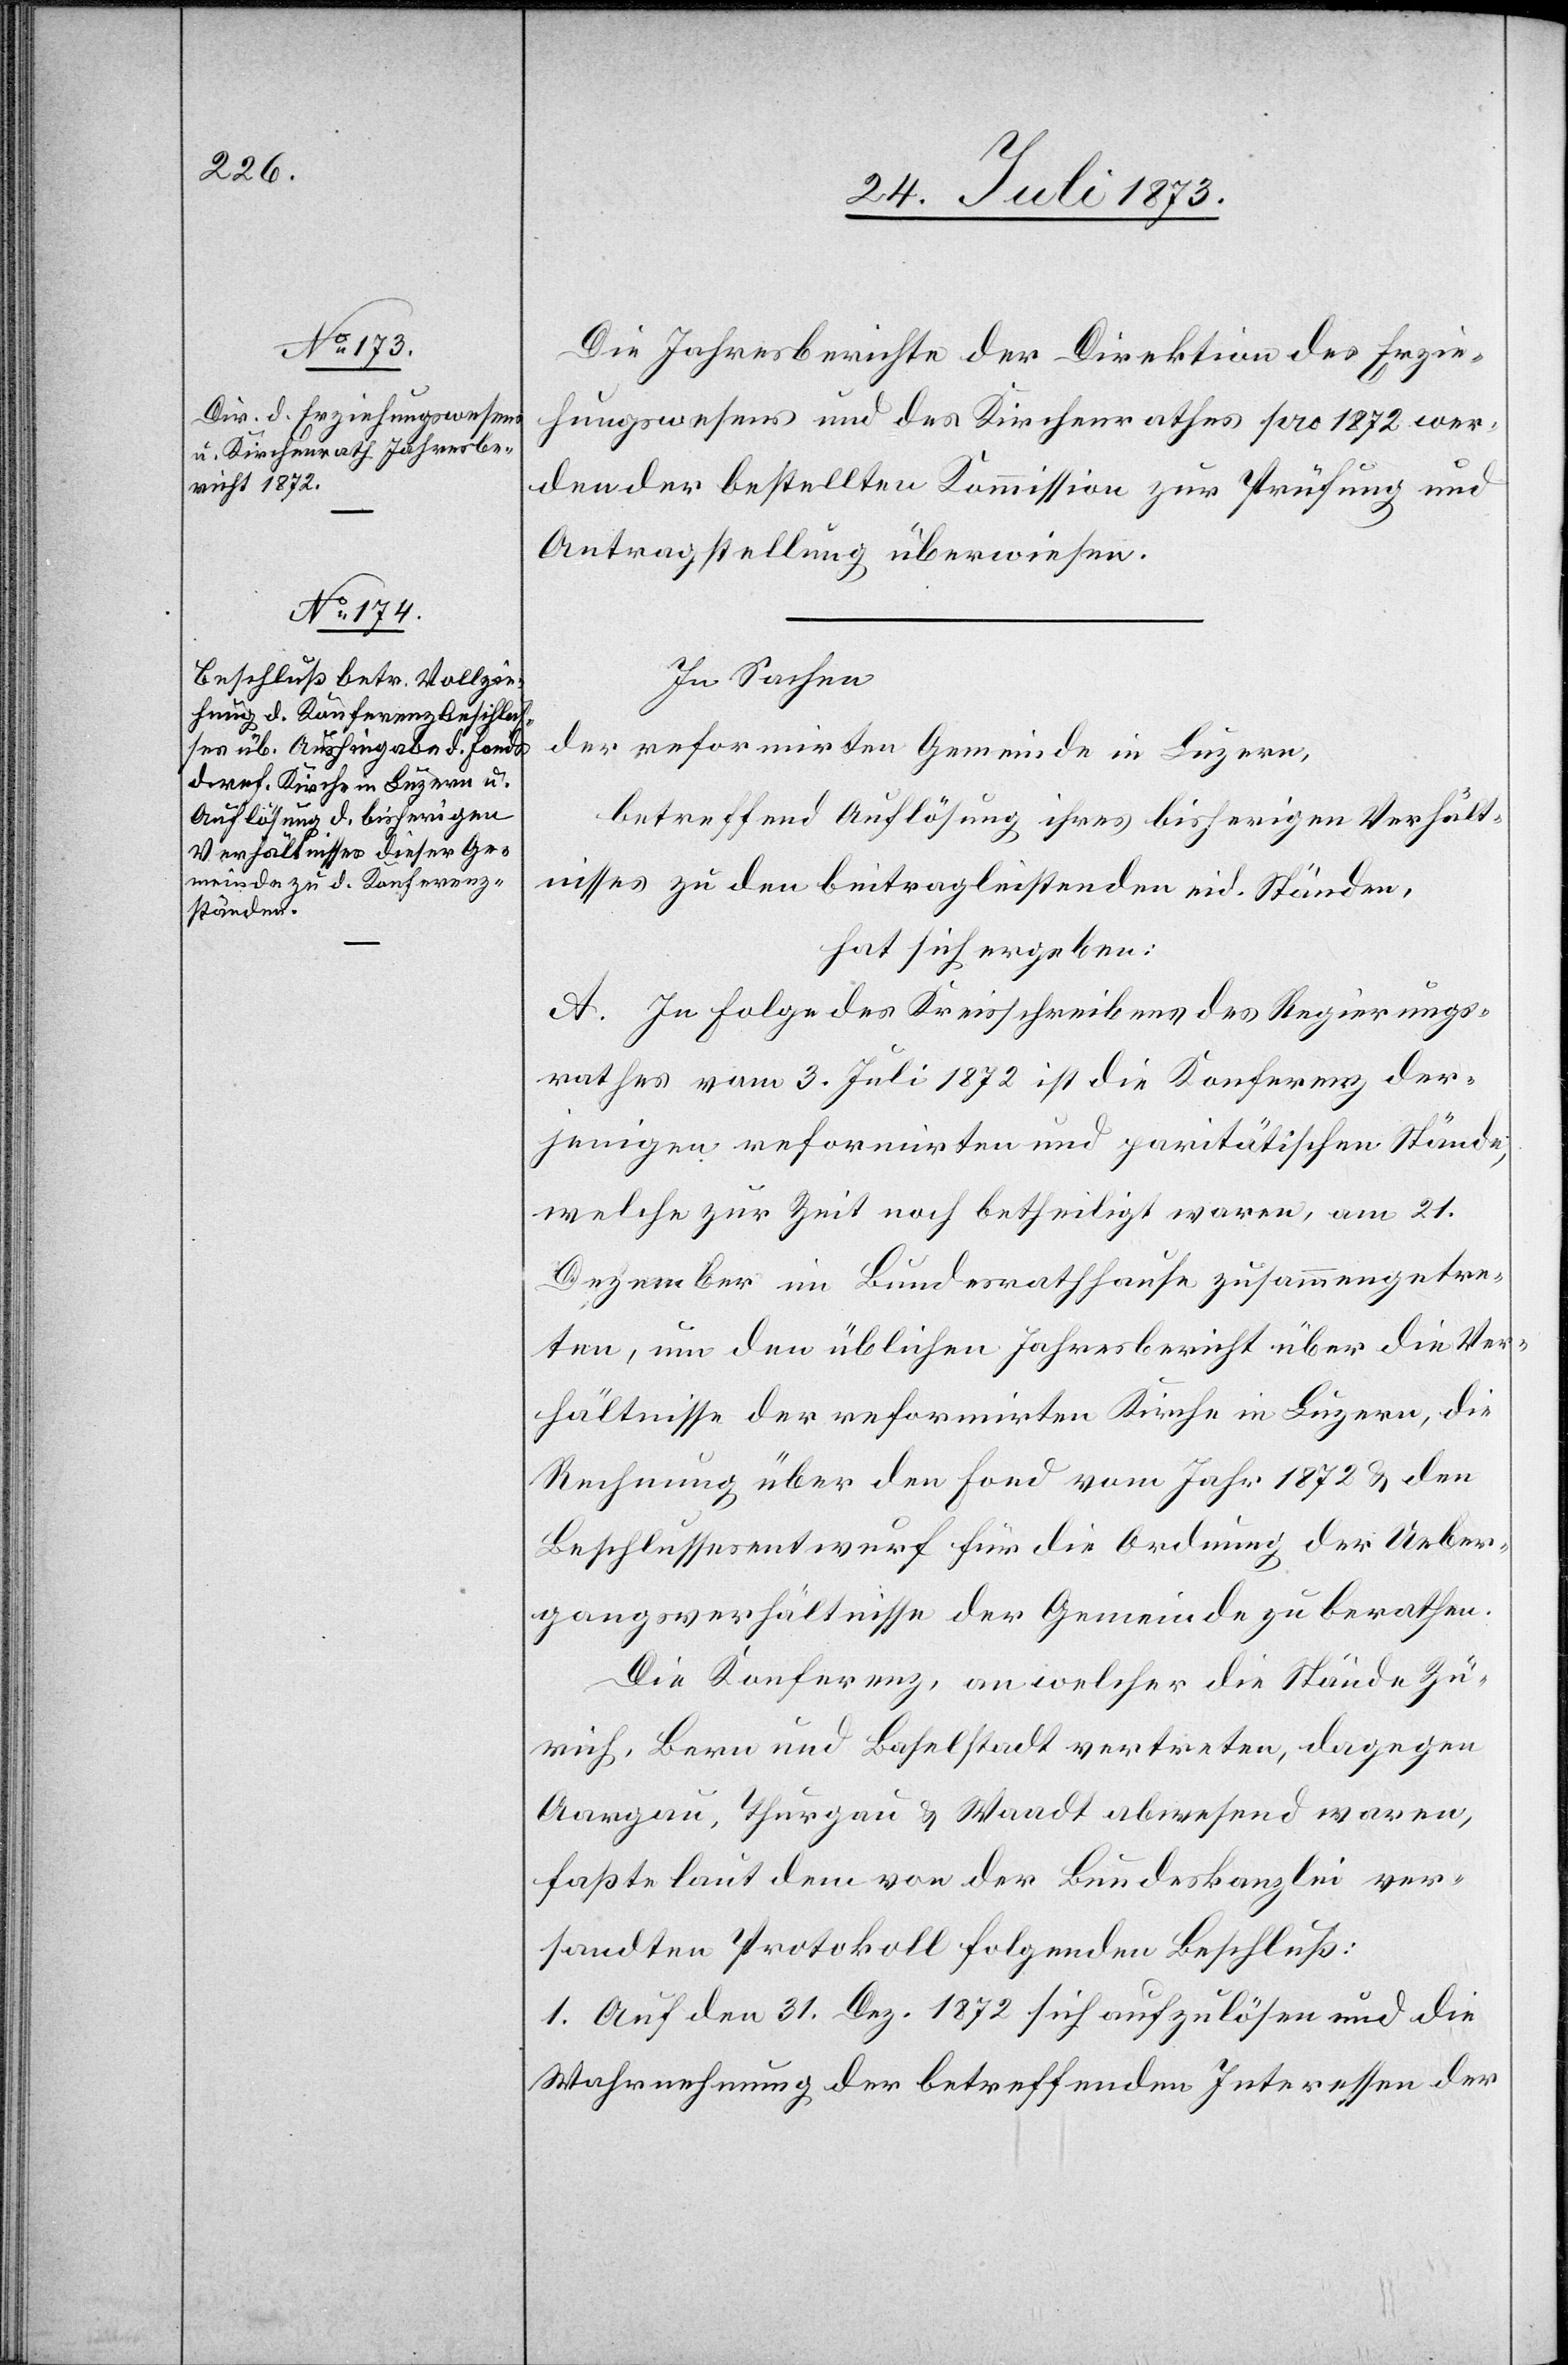
Die Jahresberichte der Direktion des Erzie¬
hungswesens und des Kirchenrathes pro 1872 wer¬
den der bestellten Kommission zur Prüfung und
Antragstellung überwiesen.
In Sachen
der reformirten Gemeinde in Luzern,
betreffend Auflösung ihres bisherigen Verhält¬
nisses zu den beitragleistenden eid. Ständen,
hat sich ergeben:
A. In Folge des Kreisschreibens des Regierungs¬
rathes vom 3. Juli 1872 ist die Konferenz der¬
jenigen reformirten und paritätischen Stände,
welche zur Zeit noch betheiligt waren, am 21.
Dezember im Bundesrathhause zusammengetre¬
ten, um den üblichen Jahresbericht über die Ver¬
hältnisse der reformirten Kirche in Luzern, die
Rechnung über den Fond vom Jahr 1872 & den
Beschlussesentwurf für die Ordnung der Ueber¬
gangsverhältnisse der Gemeinde zu berathen.
Die Konferenz, an welcher die Stände Zü¬
rich, Bern und Baselstadt vertreten, dagegen
Aargau, Thurgau & Waadt abwesend waren,
faßte laut dem von der Bundeskanzlei ver¬
sandten Protokoll folgenden Beschluß:
1. Auf den 31. Dez. 1872 sich aufzulösen und die
Wahrnehmung der betreffenden Interessen der